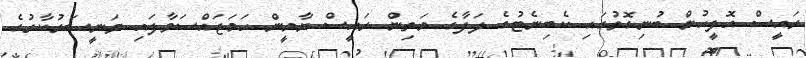
ރައީސް އޮފީހުން ބުނިގޮތުގައި ކެބިނެޓުގެ ލަފާގެ މަތިން ރައީސް ޔާމީން ހަމަޖައްސަވާފައި ވަނީސަރުކާރުގެ